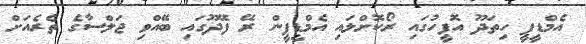
އެމްޑީޕީ ހިތަދޫ އޮފީހުގައި ރޯކޮށްލައި އެމްޑީޕީން ރޭ ފޭދޫގައި ބޭއްވި ޖަލްސާގެ ތެރެއަށް